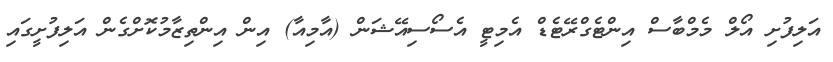
އަލިފުށި އޯލް މެމްބާސް އިންޓެގްރޭޓެޑް އެމިޓީ އެސޯސިއޭޝަން (އާމިއާ) އިން އިންތިޒާމުކޮށްގެން އަލިފުށީގައި